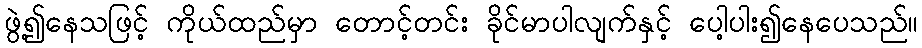
ဖွဲ့၍နေသဖြင့် ကိုယ်ထည်မှာ တောင့်တင်း ခိုင်မာပါလျက်နှင့် ပေါ့ပါး၍နေပေသည်။